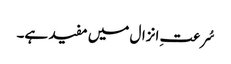
سُرعتِ انزال میں مفید ہے۔